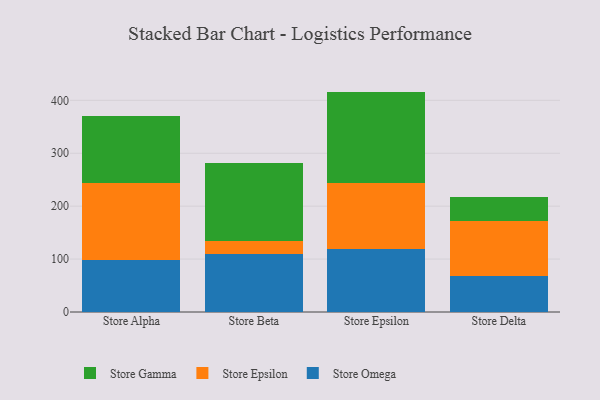
{"axis": {"x": "Store", "y": "Churn Rate (%)"}, "legend": ["Store Epsilon", "Store Gamma", "Store Omega"], "data": [{"x": "Store Alpha", "y": 99.2, "type": "Store Omega"}, {"x": "Store Alpha", "y": 143.7, "type": "Store Epsilon"}, {"x": "Store Alpha", "y": 126.7, "type": "Store Gamma"}, {"x": "Store Beta", "y": 109.4, "type": "Store Omega"}, {"x": "Store Beta", "y": 25.1, "type": "Store Epsilon"}, {"x": "Store Beta", "y": 147.0, "type": "Store Gamma"}, {"x": "Store Epsilon", "y": 118.5, "type": "Store Omega"}, {"x": "Store Epsilon", "y": 125.4, "type": "Store Epsilon"}, {"x": "Store Epsilon", "y": 172.6, "type": "Store Gamma"}, {"x": "Store Delta", "y": 68.3, "type": "Store Omega"}, {"x": "Store Delta", "y": 104.1, "type": "Store Epsilon"}, {"x": "Store Delta", "y": 45.5, "type": "Store Gamma"}]}